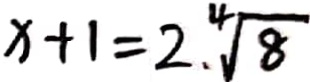
x + 1 = 2 . \sqrt [ 4 ] { 8 }